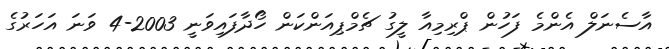
އާސެނަލް އެންމެ ފަހުން ޕްރިމިއާ ލީގު ޗެމްޕިއަންކަން ހޯދާފައިވަނީ 2003-4 ވަނަ އަހަރުގެ